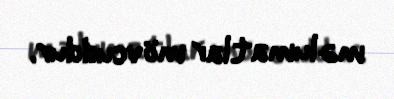
məlumatlar mövcuddur.